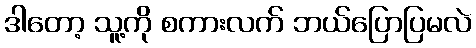
ဒါတော့ သူ့ကို စကားလက် ဘယ်ပြောပြမလဲ